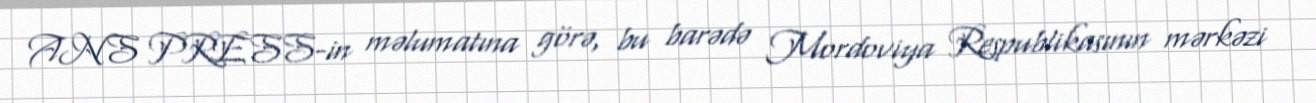
ANS PRESS-in məlumatına görə, bu barədə Mordoviya Respublikasının mərkəzi